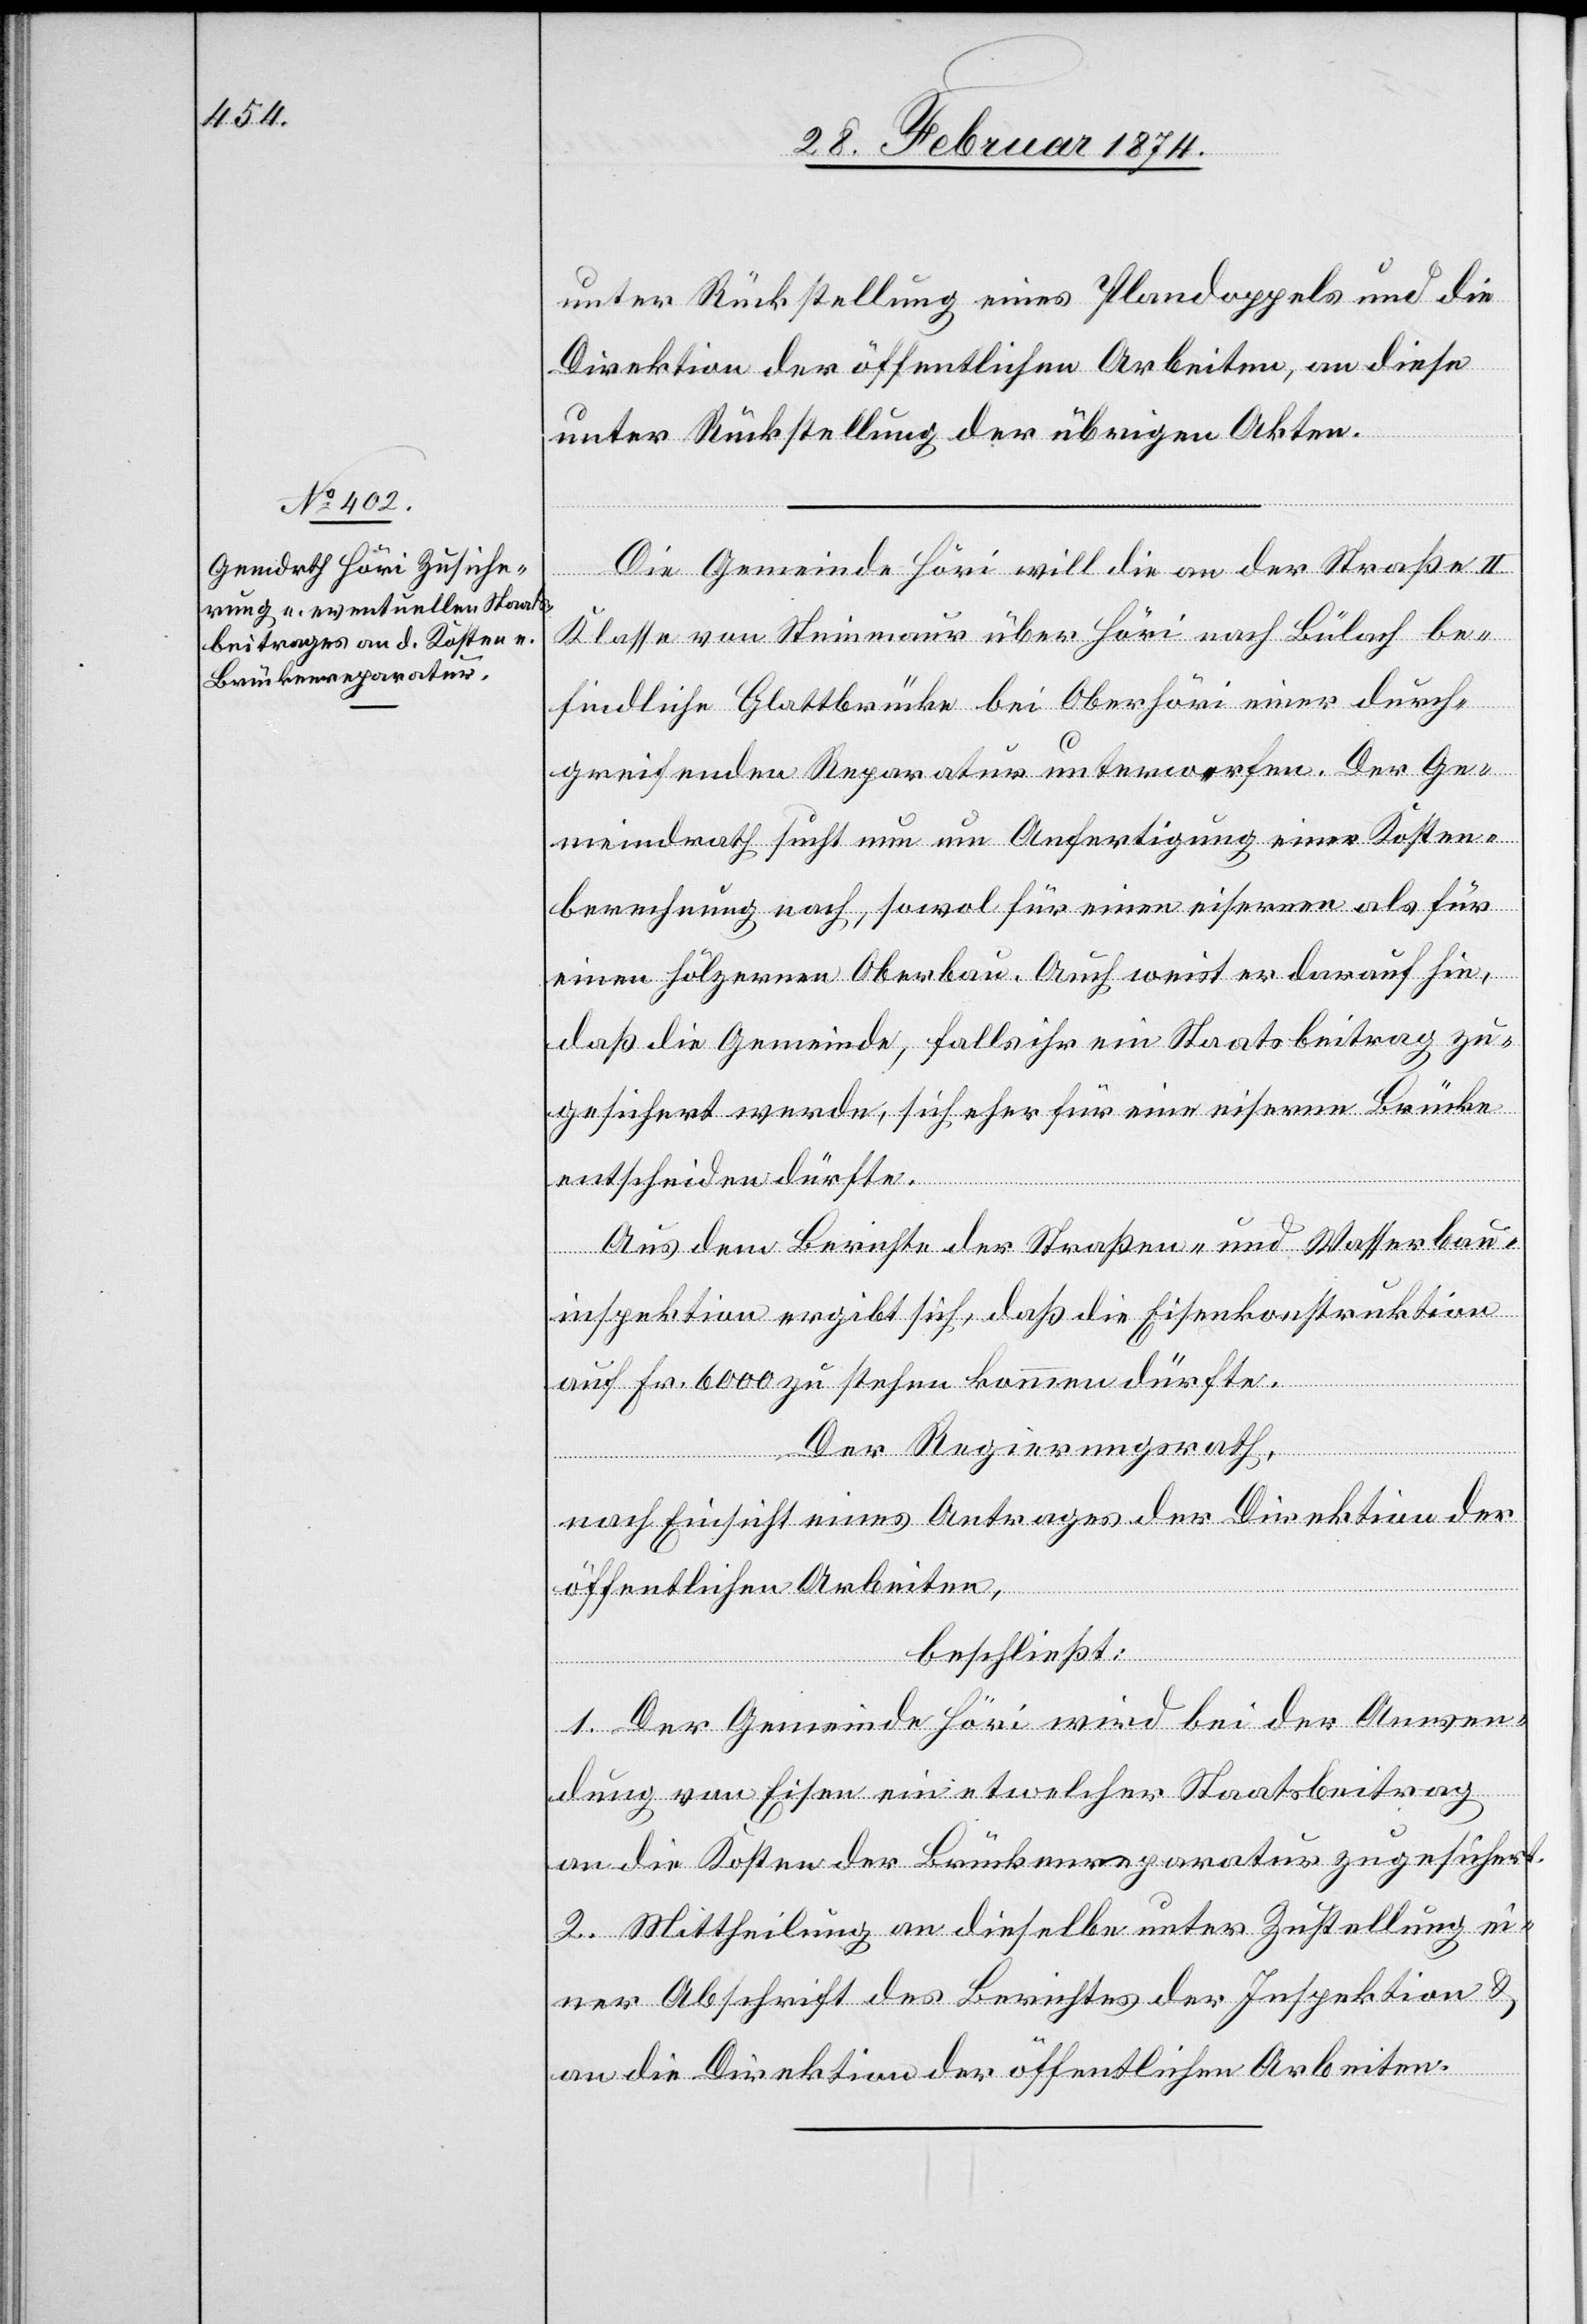
unter Rückstellung eines Plandoppels und die
Direktion der öffentlichen Arbeiten, an diese
unter Rückstellung der übrigen Akten.
Die Gemeinde Höri will die an der Straße II.
Klasse von Steinmaur über Höri nach Bülach be¬
findliche Glattbrücke bei Oberhöri einer durch¬
greifenden Reparatur unterwerfen. Der Ge¬
meindrath sucht nun um Anfertigung einer Kosten¬
berechnung nach, sowol für einen eisernen als für
einen hölzernen Oberbau. Auch weist er darauf hin,
daß die Gemeinde, falls ihr ein Staatsbeitrag zu¬
gesichert werde, sich eher für eine eiserne Brücke
entscheiden dürfte.
Aus dem Berichte der Straßen- und Wasserbau¬
inspektion ergibt sich, daß die Eisenkonstruktion
auf Fr. 6000 zu stehen kommen dürfte.
Der Regierungsrath,
nach Einsicht eines Antrages der Direktion der
öffentlichen Arbeiten,
beschließt:
1. Der Gemeinde Höri wird bei der Anwen¬
dung von Eisen ein etwelcher Staatsbeitrag
an die Kosten der Brückenreparatur zugesichert.
2. Mittheilung an dieselbe unter Zustellung ei¬
ner Abschrift des Berichtes der Inspektion u.
an die Direktion der öffentlichen Arbeiten.